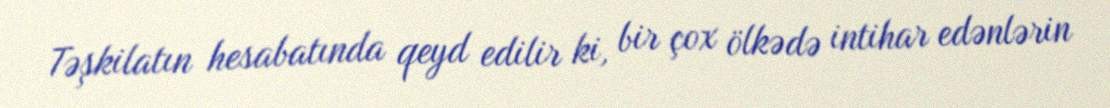
Təşkilatın hesabatında qeyd edilir ki, bir çox ölkədə intihar edənlərin